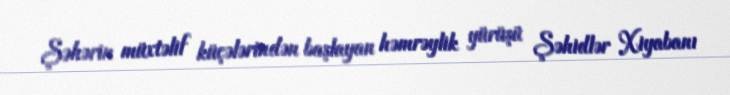
Şəhərin müxtəlif küçələrindən başlayan həmrəylik yürüşü Şəhidlər Xiyabanı